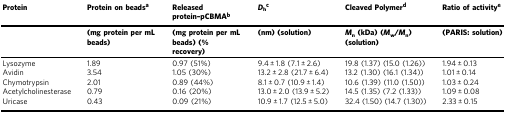
<table><thead><tr><td><b>Protein</b></td><td><b>Protein on beads<sup>a</sup></b></td><td><b>Released protein–pCBMA<sup>b</sup></b></td><td><b><i>D</i><sub>h</sub><sup>c</sup></b></td><td><b>Cleaved Polymer<sup>d</sup></b></td><td><b>Ratio of activity<sup>e</sup></b></td></tr><tr><td></td><td><b>(mg protein per mL beads)</b></td><td><b>(mg protein per mL beads) (% recovery)</b></td><td><b>(nm) (solution)</b></td><td><b><i>M</i><sub>n</sub> (kDa) (<i>M</i><sub>w</sub>/<i>M</i><sub>n</sub>) (solution)</b></td><td><b>(PARIS: solution)</b></td></tr></thead><tbody><tr><td>Lysozyme</td><td>1.89</td><td>0.97 (51%)</td><td>9.4 ± 1.8 (7.1 ± 2.6)</td><td>19.8 (1.37) (15.0 (1.26))</td><td>1.94 ± 0.13</td></tr><tr><td>Avidin</td><td>3.54</td><td>1.05 (30%)</td><td>13.2 ± 2.8 (21.7 ± 6.4)</td><td>13.2 (1.30) (16.1 (1.34))</td><td>1.01 ± 0.14</td></tr><tr><td>Chymotrypsin</td><td>2.01</td><td>0.89 (44%)</td><td>8.1 ± 0.7 (10.9 ± 1.4)</td><td>10.6 (1.39) (11.0 (1.50))</td><td>1.03 ± 0.24</td></tr><tr><td>Acetylcholinesterase</td><td>0.79</td><td>0.16 (20%)</td><td>13.0 ± 2.0 (13.9 ± 5.2)</td><td>14.5 (1.35) (7.2 (1.33))</td><td>1.09 ± 0.08</td></tr><tr><td>Uricase</td><td>0.43</td><td>0.09 (21%)</td><td>10.9 ± 1.7 (12.5 ± 5.0)</td><td>32.4 (1.50) (14.7 (1.30))</td><td>2.33 ± 0.15</td></tr></tbody></table>